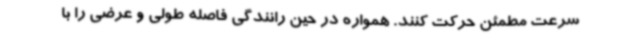
سرعت مطمئن حرکت کنند. همواره در حین رانندگی فاصله طولی و عرضی را با